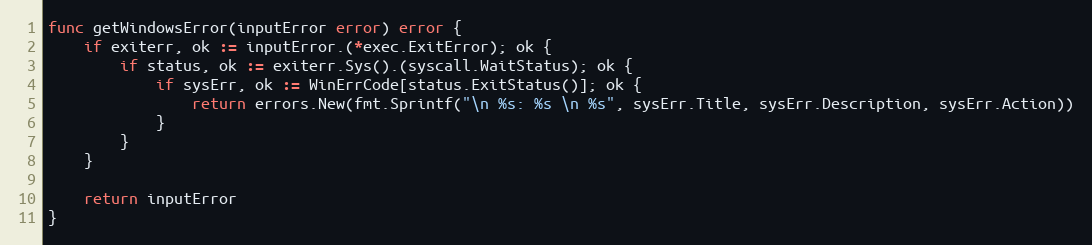
Language: Go
func getWindowsError(inputError error) error {
	if exiterr, ok := inputError.(*exec.ExitError); ok {
		if status, ok := exiterr.Sys().(syscall.WaitStatus); ok {
			if sysErr, ok := WinErrCode[status.ExitStatus()]; ok {
				return errors.New(fmt.Sprintf("\n %s: %s \n %s", sysErr.Title, sysErr.Description, sysErr.Action))
			}
		}
	}

	return inputError
}